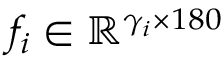
f _ { i } \in \mathbb { R } ^ { \gamma _ { i } \times 1 8 0 }